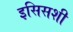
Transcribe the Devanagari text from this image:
इसिसशी